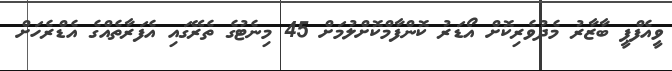
ވީއެފްޕީ ބާޒާރު މެދުވެރިކޮށް އޯޑަރު ކޮންފާމްކޮށްލުމަށް 45 މިނެޓުގެ ތެރޭގައި އެފަރާތެއްގެ އެޑްރެހަށް